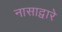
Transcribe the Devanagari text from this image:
नासाद्वारे